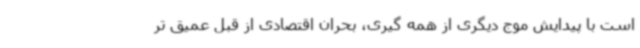
است با پیدایش موج دیگری از همه گیری، بحران اقتصادی از قبل عمیق تر